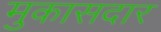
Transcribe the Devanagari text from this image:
मुकासदार